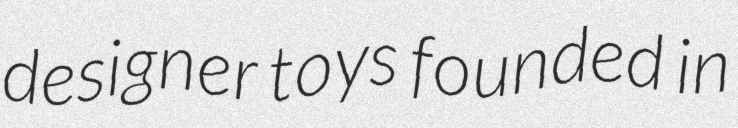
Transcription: designer toys founded in